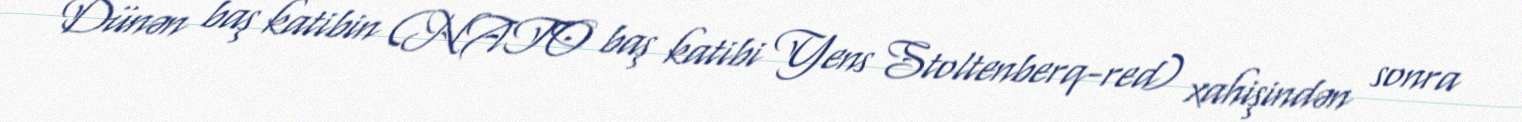
Dünən baş katibin (NATO baş katibi Yens Stoltenberq-red) xahişindən sonra